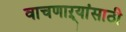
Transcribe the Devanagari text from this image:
वाचणाऱ्यांसाठी